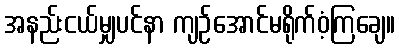
အနည်းငယ်မျှပင်နာ ကျဉ်အောင်မရိုက်ဝံ့ကြချေ။